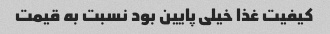
کیفیت غذا خیلى پایین بود نسبت به قیمت